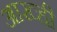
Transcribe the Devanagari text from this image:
आख्ही